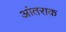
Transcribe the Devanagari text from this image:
आंतराक